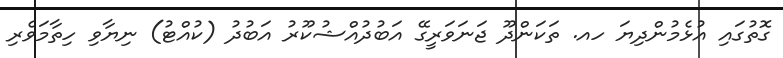
ގޮތުގައި އުޅެމުންދިޔަ ހއ. ތަަކަންދޫ ޖަނަވަރީގޭ އަބުދުއްޝުކޫރު އަބުދު (ކުއްޓު) ނިޔާވި ހިތާމަވެރި